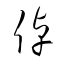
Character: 倬